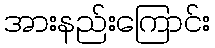
အားနည်းကြောင်း